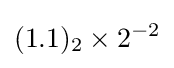
{(1.1)_{2}}\times 2^{-2}